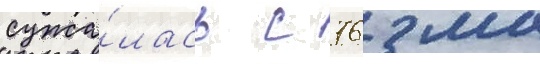
сужа́лась с 76 мм